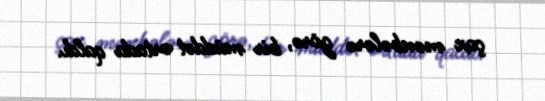
çox mənbələrə görə, bir müddət ortada qaldı.